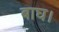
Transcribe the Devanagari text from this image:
बाघ।